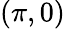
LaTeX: (\pi,0)